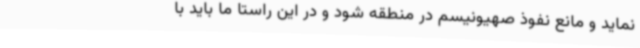
نماید و مانع نفوذ صهیونیسم در منطقه شود و در این راستا ما باید با